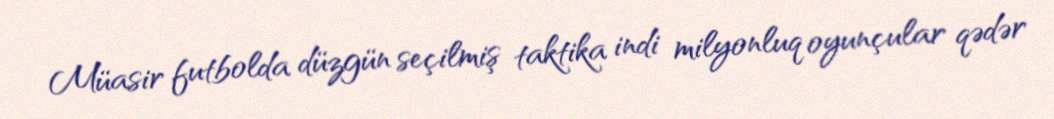
Müasir futbolda düzgün seçilmiş taktika indi milyonluq oyunçular qədər